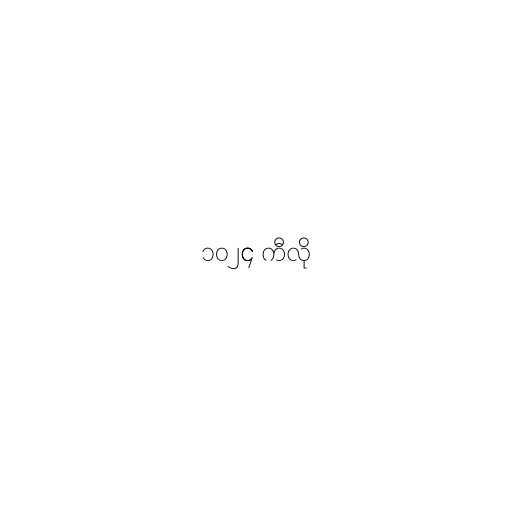
၁၀၂၄ ကီလို